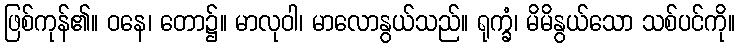
ဖြစ်ကုန်၏။ ဝနေ၊ တော၌။ မာလုဝါ၊ မာလောနွယ်သည်။ ရုက္ခံ၊ မိမိနွယ်သော သစ်ပင်ကို။